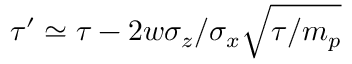
\tau ^ { \prime } \simeq \tau - 2 w \sigma _ { z } / \sigma _ { x } \sqrt { \tau / m _ { p } }